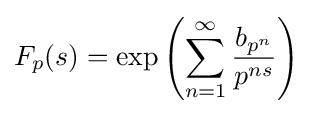
F_{p}(s)=\exp \left(\sum _{n=1}^{\infty }{\frac {b_{p^{n}}}{p^{ns}}}\right)